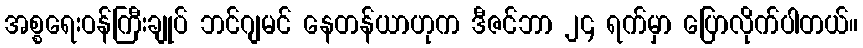
အစ္စရေးဝန်ကြီးချုပ် ဘင်ဂျမင် နေတန်ယာဟုက ဒီဇင်ဘာ ၂၄ ရက်မှာ ပြောလိုက်ပါတယ်။